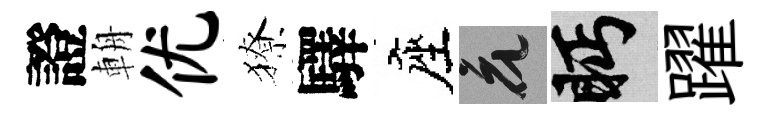
證輈优獠驛座花眄躍